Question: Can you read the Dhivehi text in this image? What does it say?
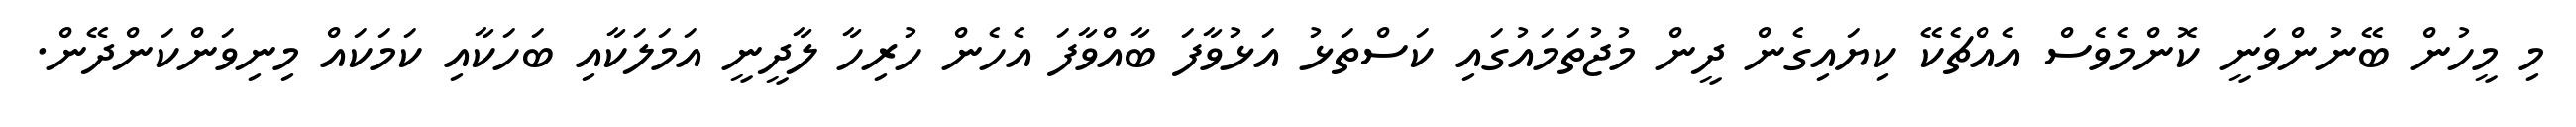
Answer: މި މީހުން ބޭނުންވަނީ ކޮންމެވެސް އެއްޗެކޭ ކިޔައިގެން ދީން މުޖުތަމައުގައި ކަސްތަޅު އަޅުވާފަ ބާއްވާފަ އެހެން ހުރިހާ ލާދީނީ އަމަލަކާއި ބަހަކާއި ކަމަކައް މިނިވަންކަންދޭން.